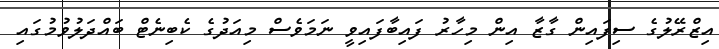
އިޒްރޭލުގެ ސިފައިން ގާޒާ އިން މިހާރު ފައިބާފައިވީ ނަމަވެސް މިއަދުގެ ކެބިނެޓް ބައްދަލުވުމުގައި